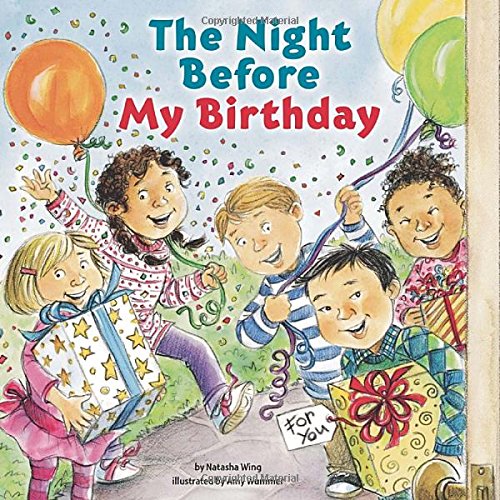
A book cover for The Night Before My Birthday; Natasha Wing; Children's Books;